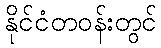
နိုင်ငံတဝန်းတွင်